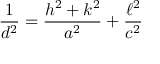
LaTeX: { \frac { 1 } { d ^ { 2 } } } = { \frac { h ^ { 2 } + k ^ { 2 } } { a ^ { 2 } } } + { \frac { \ell ^ { 2 } } { c ^ { 2 } } }